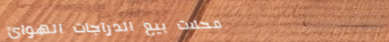
محلات بيع الدراجات الهوائ